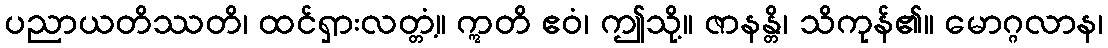
ပညာယတိဿတိ၊ ထင်ရှားလတ္တံ့။ ဣတိ ဧဝံ၊ ဤသို့။ ဇာနန္တိ၊ သိကုန်၏။ မောဂ္ဂလာန၊